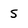
Character: S